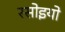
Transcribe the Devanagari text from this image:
रसोइयो